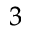
^ 3